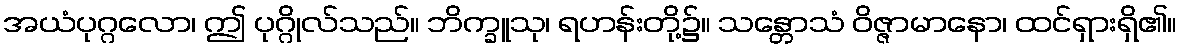
အယံပုဂ္ဂလော၊ ဤ ပုဂ္ဂိုလ်သည်။ ဘိက္ခူသု၊ ရဟန်းတို့၌။ သန္တောသံ ဝိဇ္ဇာမာနော၊ ထင်ရှားရှိ၏။